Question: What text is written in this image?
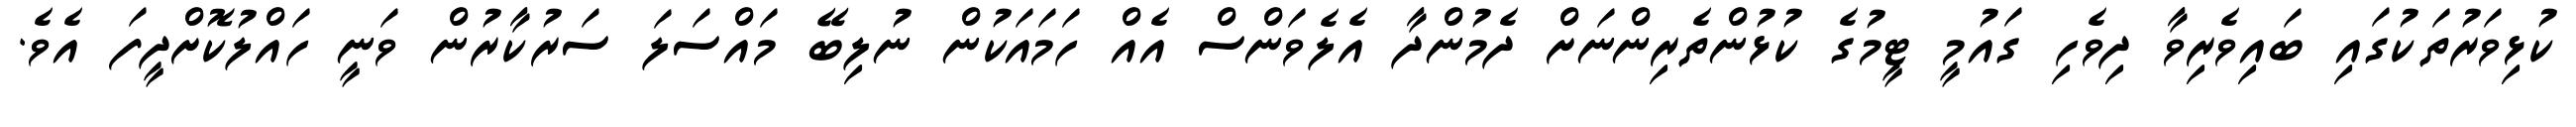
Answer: ކުޅިވަރުތަކުގައި ބައިވެރިވާ ދިވެހި ގައުމީ ޓީމުގެ ކުޅުންތެރިންނަށް ދެމުންދާ އެލެވަންސް އެއް ހަމައަކުން ނުލިބޭ މައްސަލަ ސަރުކާރުން ވަނީ ހައްލުކޮށްދީފަ އެވެ.